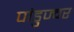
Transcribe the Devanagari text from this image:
पांडुज्वर